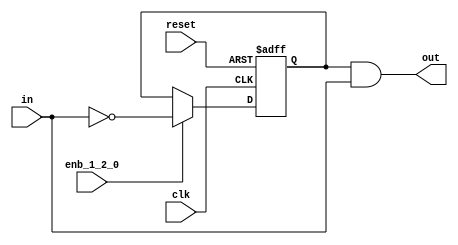
// -------------------------------------------------------------
// 
// 
// Generated by MATLAB 9.13 and HDL Coder 4.0
// 
// -------------------------------------------------------------


// -------------------------------------------------------------
// 
// Module: whdlOFDMTx_Rising_Edge_Detector
// Source Path: whdlOFDMTx/Frame Controller and Input Sampler/Frame Controller/Generate OFDM Modulator Ready/Rising 
// Edge Detecto
// Hierarchy Level: 5
// 
// -------------------------------------------------------------

`timescale 1 ns / 1 ns

module whdlOFDMTx_Rising_Edge_Detector
          (clk,
           reset,
           enb_1_2_0,
           in,
           out);


  input   clk;
  input   reset;
  input   enb_1_2_0;
  input   in;
  output  out;


  wire Logical_Operator2_out1;
  reg  Delay_out1;
  wire Logical_Operator1_out1;


  assign Logical_Operator2_out1 =  ~ in;



  always @(posedge clk or posedge reset)
    begin : Delay_process
      if (reset == 1'b1) begin
        Delay_out1 <= 1'b0;
      end
      else begin
        if (enb_1_2_0) begin
          Delay_out1 <= Logical_Operator2_out1;
        end
      end
    end



  assign Logical_Operator1_out1 = Delay_out1 & in;



  assign out = Logical_Operator1_out1;

endmodule  // whdlOFDMTx_Rising_Edge_Detector